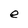
Character: e